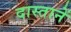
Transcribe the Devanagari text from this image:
दास्तानें